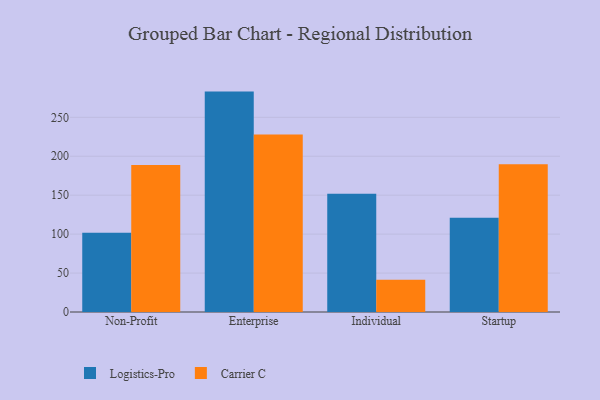
{"axis": {"x": "Segment", "y": "LTV (USD)"}, "legend": ["Carrier C", "Logistics-Pro"], "data": [{"x": "Non-Profit", "y": 101.9, "type": "Logistics-Pro"}, {"x": "Non-Profit", "y": 188.9, "type": "Carrier C"}, {"x": "Enterprise", "y": 283.0, "type": "Logistics-Pro"}, {"x": "Enterprise", "y": 228.0, "type": "Carrier C"}, {"x": "Individual", "y": 151.8, "type": "Logistics-Pro"}, {"x": "Individual", "y": 41.4, "type": "Carrier C"}, {"x": "Startup", "y": 121.1, "type": "Logistics-Pro"}, {"x": "Startup", "y": 189.7, "type": "Carrier C"}]}